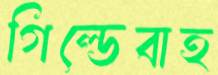
গিল্ডেবাহ